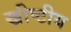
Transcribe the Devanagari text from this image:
ख्रीष्टीय